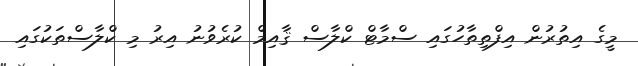
މީގެ އިތުރުން އިފްތިތާހުގައި ސްމާޓް ކްލާސް ޤާއިމް ކުރެވުނު އިރު މި ކްލާސްތަކުގައި